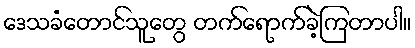
ဒေသခံတောင်သူတွေ တက်ရောက်ခဲ့ကြတာပါ။